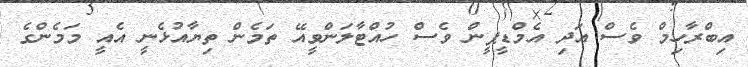
އިބްރާހިމް ވެސް އަދި އެމްޑީޕީން ވެސް ހުއްޓާލަންވީއޭ ތަމެން ތިޔާއުޅެނީ އެއީ މަމެންގެ